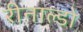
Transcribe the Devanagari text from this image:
रीनाल्डो